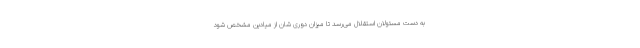
به دست مسئولان استقلال می‌رسد تا میزان دوری شان از میادین مشخص شود